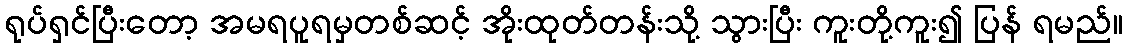
ရုပ်ရှင်ပြီးတော့ အမရပူရမှတစ်ဆင့် အိုးထုတ်တန်းသို့ သွားပြီး ကူးတို့ကူး၍ ပြန် ရမည်။